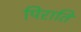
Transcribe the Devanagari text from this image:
पिराति